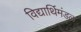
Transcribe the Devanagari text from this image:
विद्यार्थिमंडळ